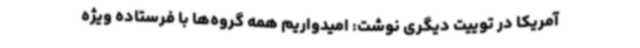
آمریکا در توییت دیگری نوشت: امیدواریم همه گروه‌ها با فرستاده ویژه